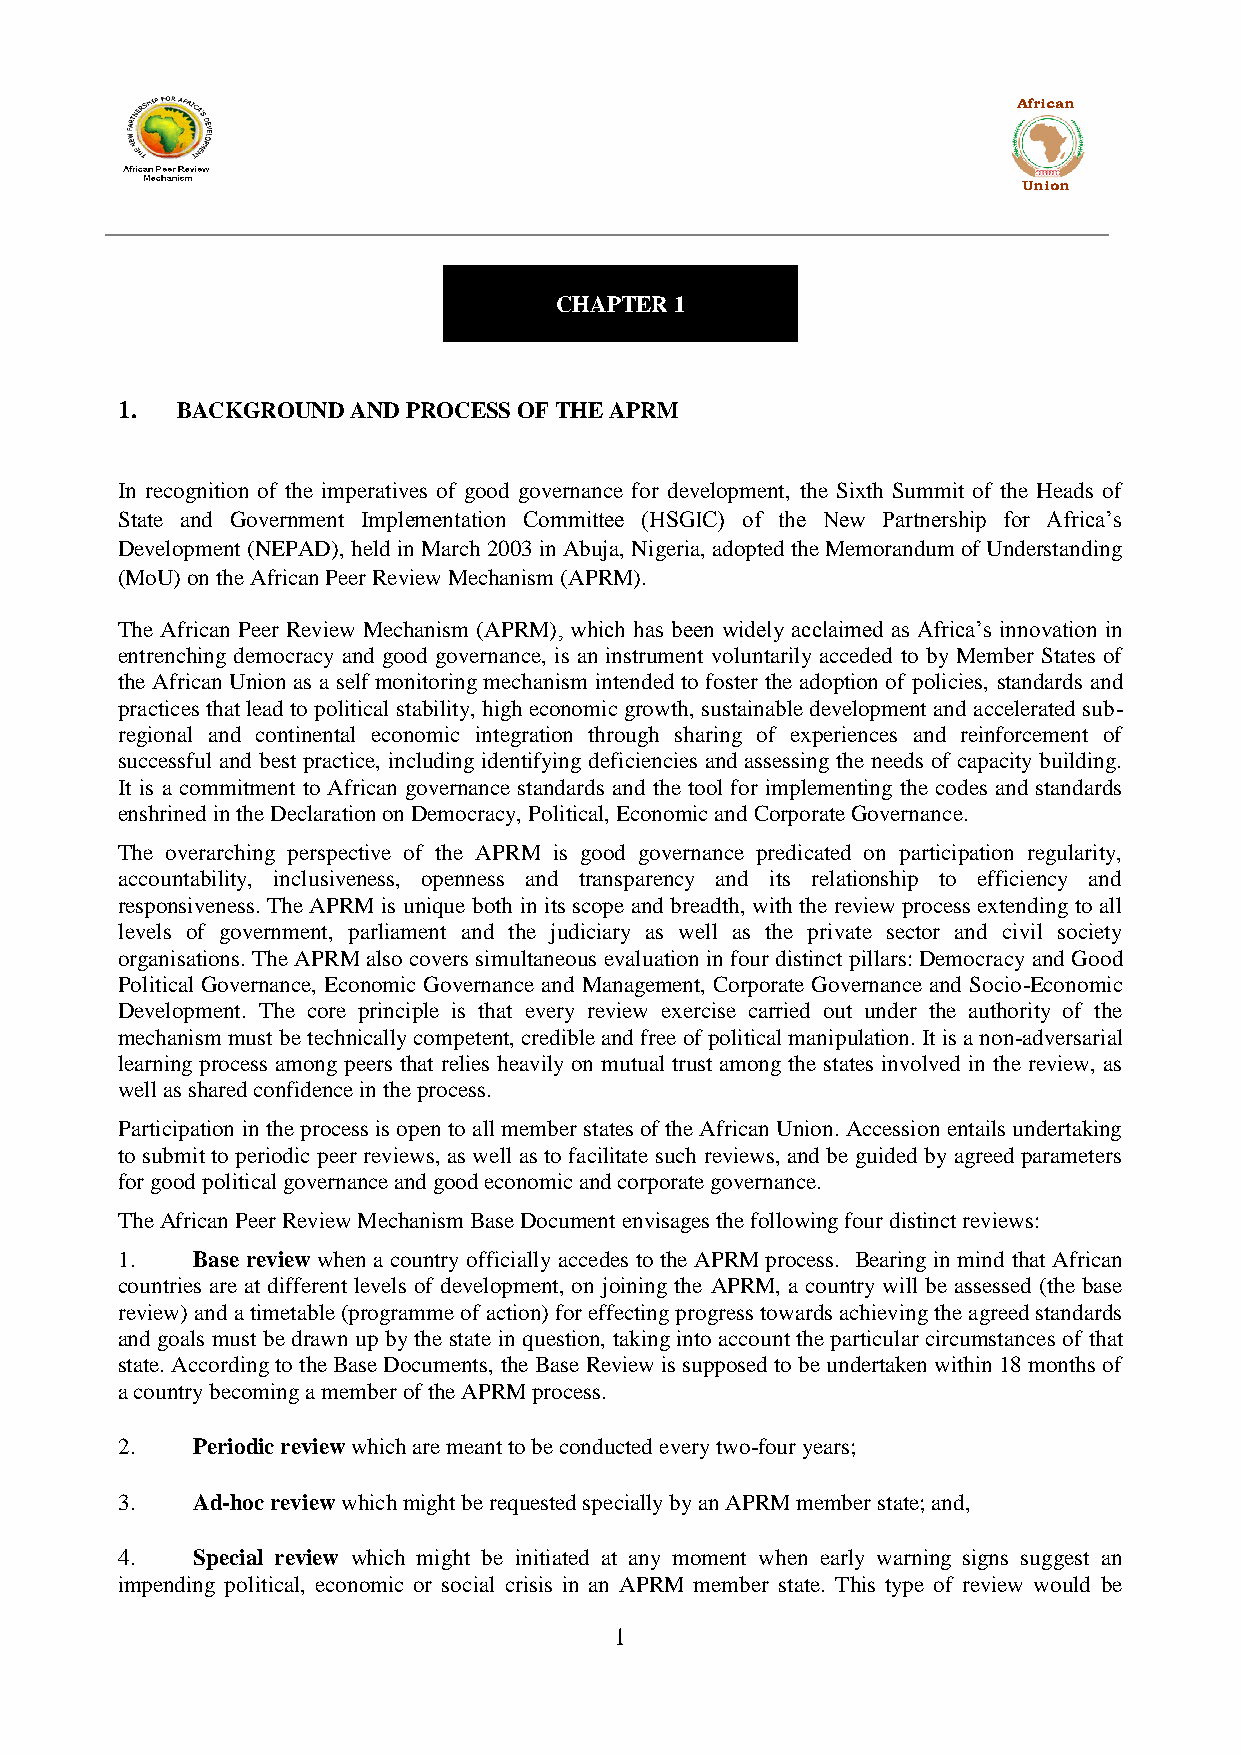
African
 Union
 CHAPTER 1
 1.  BACKGROUND AND PROCESS OF THE APRM
 In recognition of the imperatives of good governance for development, the Sixth Summit of the Heads of
 State and Government Implementation Committee (HSGIC) of the New Partnership for Africa‟s
 Development (NEPAD), held in March 2003 in Abuja, Nigeria, adopted the Memorandum of Understanding
 (MoU) on the African Peer Review Mechanism (APRM).
 The African Peer Review Mechanism (APRM), which has been widely acclaimed as Africa‟s innovation in
 entrenching democracy and good governance, is an instrument voluntarily acceded to by Member States of
 the African Union as a self monitoring mechanism intended to foster the adoption of policies, standards and
 practices that lead to political stability, high economic growth, sustainable development and accelerated sub-
 regional and continental economic integration through sharing of experiences and reinforcement of
 successful and best practice, including identifying deficiencies and assessing the needs of capacity building.
 It is a commitment to African governance standards and the tool for implementing the codes and standards
 enshrined in the Declaration on Democracy, Political, Economic and Corporate Governance.
 The overarching perspective of the APRM is good governance predicated on participation regularity,
 accountability, inclusiveness, openness and transparency and its relationship to efficiency and
 responsiveness. The APRM is unique both in its scope and breadth, with the review process extending to all
 levels of government, parliament and the judiciary as well as the private sector and civil society
 organisations. The APRM also covers simultaneous evaluation in four distinct pillars: Democracy and Good
 Political Governance, Economic Governance and Management, Corporate Governance and Socio-Economic
 Development. The core principle is that every review exercise carried out under the authority of the
 mechanism must be technically competent, credible and free of political manipulation. It is a non-adversarial
 learning process among peers that relies heavily on mutual trust among the states involved in the review, as
 well as shared confidence in the process.
 Participation in the process is open to all member states of the African Union. Accession entails undertaking
 to submit to periodic peer reviews, as well as to facilitate such reviews, and be guided by agreed parameters
 for good political governance and good economic and corporate governance.
 The African Peer Review Mechanism Base Document envisages the following four distinct reviews:
 1.   Base review when a country officially accedes to the APRM process. Bearing in mind that African
 countries are at different levels of development, on joining the APRM, a country will be assessed (the base
 review) and a timetable (programme of action) for effecting progress towards achieving the agreed standards
 and goals must be drawn up by the state in question, taking into account the particular circumstances of that
 state. According to the Base Documents, the Base Review is supposed to be undertaken within 18 months of
 a country becoming a member of the APRM process.
 2.   Periodic review which are meant to be conducted every two-four years;
 3.   Ad-hoc review which might be requested specially by an APRM member state; and,
 4.   Special review which might be initiated at any moment when early warning signs suggest an
 impending political, economic or social crisis in an APRM member state. This type of review would be
 1